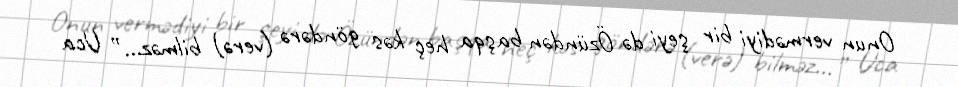
Onun vermədiyi bir şeyi də Özündən başqa heç kəs göndərə (verə) bilməz...” Uca